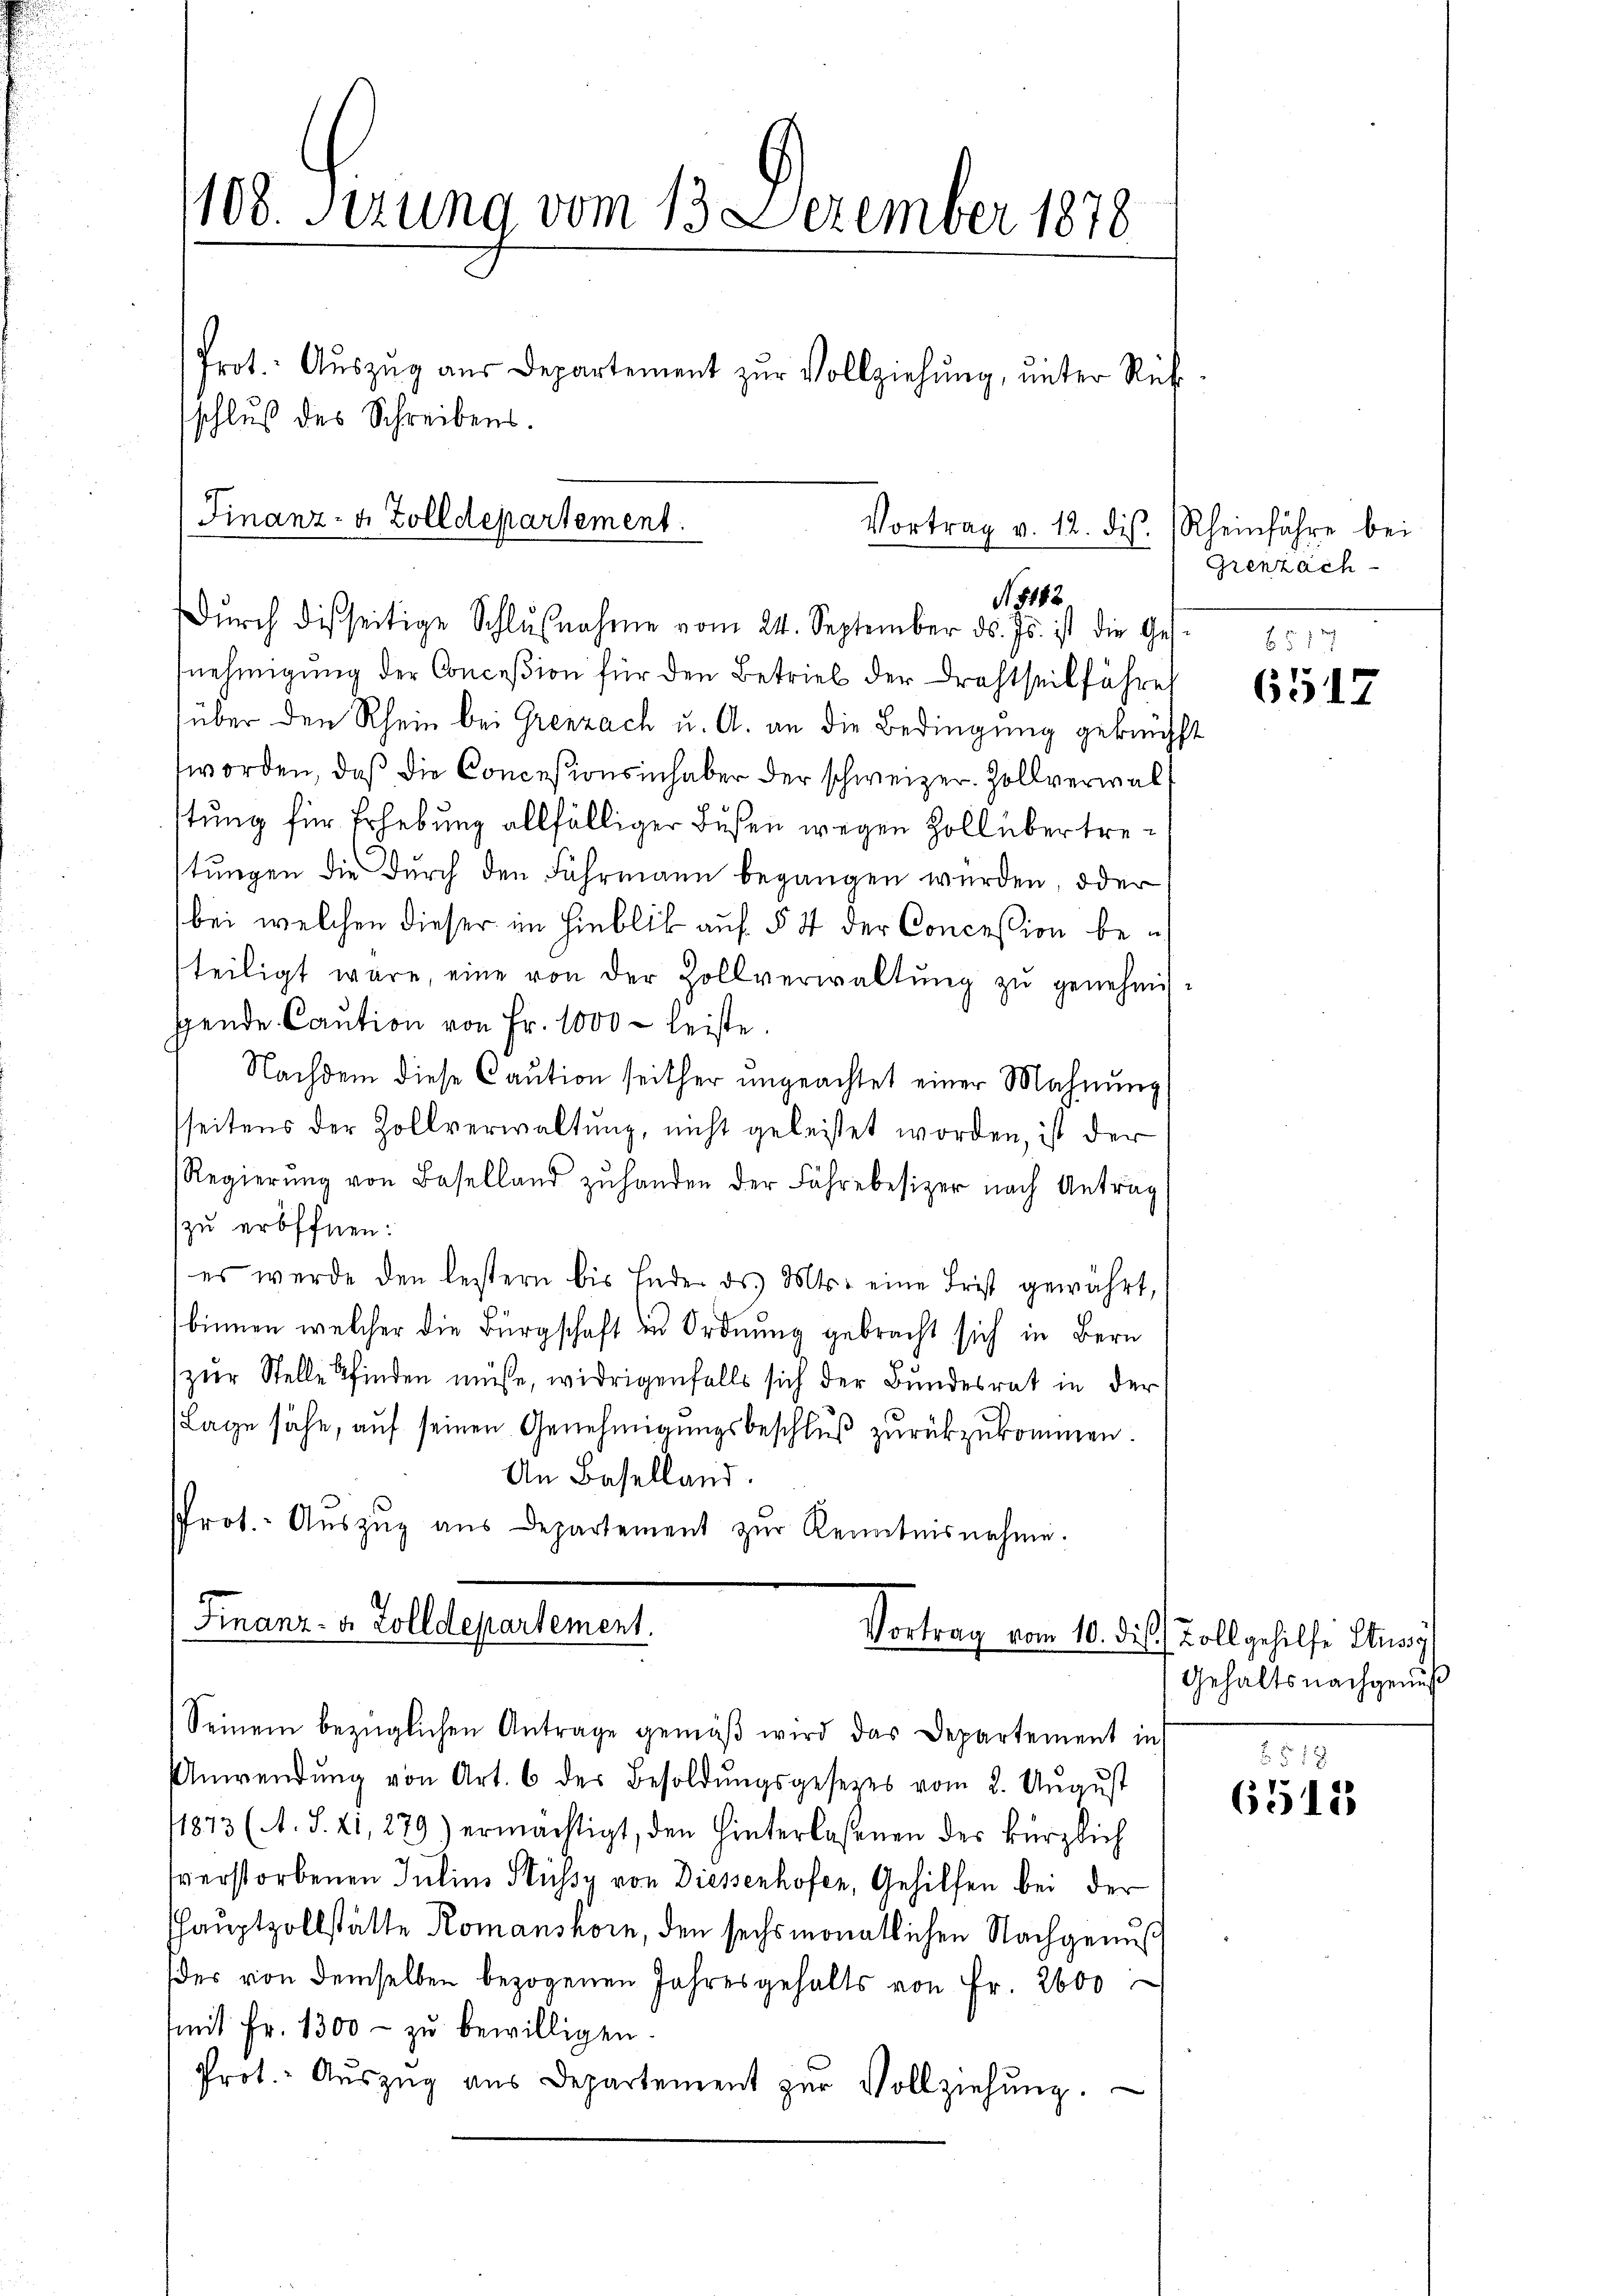
nehmigung der Conceßion für den Betrieb der Drahtseit führe
über den Rhein bei Grenzach u. A. an die Bedingung geknüpft
worden, daß die Concesionsinhaber der schweizer. Zollverwalttung für Erhebung allfälliger Bußen wegen Zoll übertretungen die durch den Fuhrmann begangen werden, oder
bei welchen dieser im Hinblik auf § 4 der Concession beteiligt wäre, eine von der Zollverwaltŭng zŭ genehmig-
gende Caution von Fr. 1000 - leiste.
Nachdem diese Caution seither ungeachtet einer Mahnung
seitens der Zollverwaltung, nicht geleistet worden, ist der
Regierŭng von Baselland zŭ handen der Fähre besizer nach Antrag
zu eröffnen:
es werde den leistern bis Ender ds Mts. eine Frist gewährt,
binnen, welcher die Bürgschaft in Ordnung gebracht sich in Bern
zur Stelle finden müsse, widrigenfalls sich der Bundesrat in der
Lage sähe, auf seinen Genehmigungsbeschluß zurückzukommen.
An Baselland.
Prot. Aŭszŭg aŭs Departement zŭr Kenntnisnahme.

108. Serung vom 13. Dezember 1878
Prot. Aŭszŭg aŭs Departement zŭr Vollziehung, unter Rük
schluß des Schreibens.

Finanz- u. Zolldepartement.
Vortrag v. 12. ds. Rheinführe bei
N. 1142
Dŭrch disseitige Schlŭβnahme vom 24. September ds. Js. ist die Ges.

Finanz- u. Zolldepartement.
Vortrag vom 10. die Zoll gehilfe Sturz

Seinem bezüglichen Antrage gemäβ wird das Departement in
Anwendŭng von Art. 6 des Besoldŭngsgesetzes vom 2. Aŭgŭst
11873 (A. S. 21, 279) ermächtigt, den hinterlassenen der kürzlich
verstorbenen Julius Stüssy von Diessenhofen, Gehilfen bei der
hauptzollstätte Romanshorn, den sechsmonatlichen Nachgenuß
des von demselben bezogenen Jahresgehalts von Fr. 2600
mit Fr. 1300 - zu bewilligen
Prot. Aŭszŭg aŭs Departement zŭr Vollziehŭng.

Grenzach
512

6517

Gehalts nachgenuß

518
6512